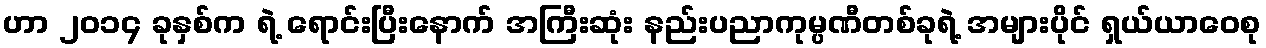
ဟာ ၂၀၁၄ ခုနှစ်က ရဲ့ ရောင်းပြီးနောက် အကြီးဆုံး နည်းပညာကုမ္ပဏီတစ်ခုရဲ့ အများပိုင် ရှယ်ယာဝေစု